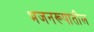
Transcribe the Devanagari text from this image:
भजनरूपातील